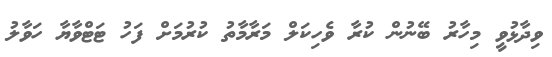
ވިދާޅުވީ މިހާރު ބޭނުން ކުރާ ވެހިކަލް މަރާމާތު ކުރުމަށް ފަހު ޓަޓްވާޔާ ހަވާލު